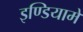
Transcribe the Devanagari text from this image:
इण्डियामें